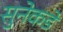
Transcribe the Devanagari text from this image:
सुनेकडे